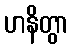
ဟနိတွာ